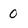
Character: 0